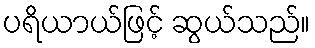
ပရိယာယ်ဖြင့် ဆွယ်သည်။